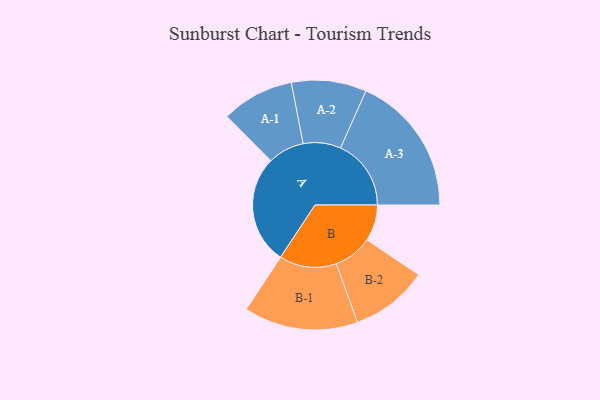
{"axis": {"x": "Segment", "y": "Value"}, "legend": ["", "A", "B"], "data": [{"x": "A", "y": 444, "type": ""}, {"x": "B", "y": 148, "type": ""}, {"x": "A-1", "y": 148, "type": "A"}, {"x": "A-2", "y": 153, "type": "A"}, {"x": "A-3", "y": 288, "type": "A"}, {"x": "B-1", "y": 233, "type": "B"}, {"x": "B-2", "y": 158, "type": "B"}]}